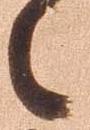
之